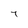
Character: 7